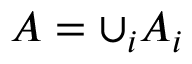
A = \cup _ { i } A _ { i }